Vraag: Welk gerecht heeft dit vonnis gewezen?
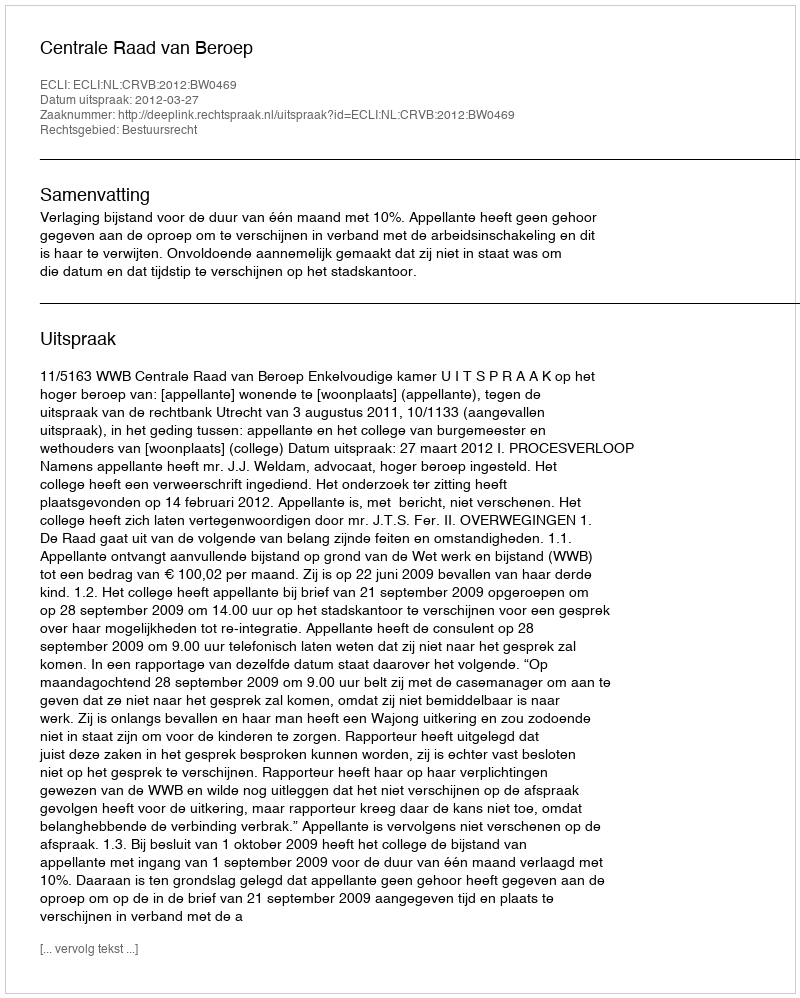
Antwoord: Centrale Raad van Beroep